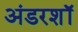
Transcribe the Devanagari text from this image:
अंडरशॉ